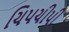
ચિપચીપી